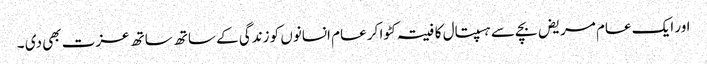
اور ایک عام مریض بچے سے ہسپتال کا فیتہ کٹوا کر عام انسانوں کو زندگی کے ساتھ ساتھ عزت بھی دی ۔